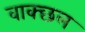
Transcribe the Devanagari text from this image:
वाक्छल